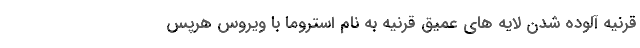
قرنیه آلوده شدن لایه های عمیق قرنیه به نام استروما با ویروس هرپس